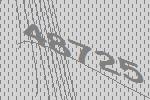
48725